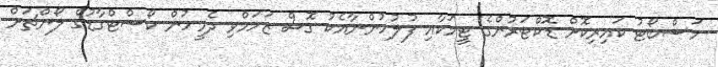
މަސްބޯޓު ކައިރިކޮށް ޑޮކްޓަރުންގެ ޓީމަކާއި ފުލުހުންނާއެކު ގޮސް ޒަހަމްވި ދެމީހުން ކޯސްޓްގާޑުގެ ލޯންޗަށް